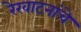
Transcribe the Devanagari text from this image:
रेखाटनांचे